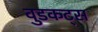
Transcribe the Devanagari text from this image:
वुडकट्स